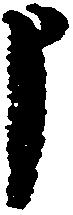
申